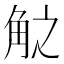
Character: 𮗧